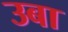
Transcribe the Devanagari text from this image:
उबा